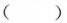
（）